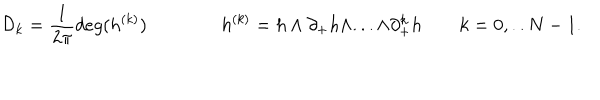
{ \cal D } _ { k } = \frac { 1 } { 2 \pi } d e g ( h ^ { ( k ) } ) \qquad \qquad h ^ { ( k ) } = h \wedge \partial _ { + } h \wedge . . . \wedge \partial _ { + } ^ { k } h \qquad k = 0 , . . N - 1 .